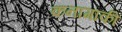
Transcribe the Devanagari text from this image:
कनागाकी